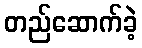
တည်ဆောက်ခဲ့